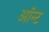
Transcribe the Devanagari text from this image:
ऑन्ट